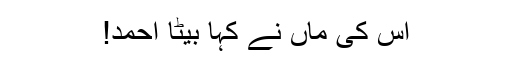
اس کی ماں نے کہا بیٹا احمد!